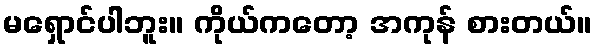
မရှောင်ပါဘူး။ ကိုယ်ကတော့ အကုန် စားတယ်။